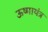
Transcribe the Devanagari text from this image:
ऊष्मायंत्र